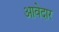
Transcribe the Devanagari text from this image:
आवेदार